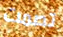
تصمت